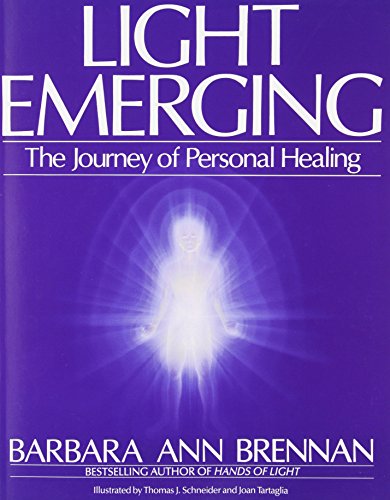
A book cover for Light Emerging: The Journey of Personal Healing; Barbara Brennan; Health, Fitness & Dieting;